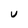
Character: u